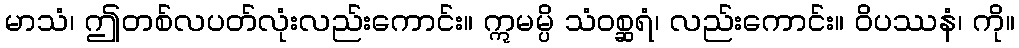
မာသံ၊ ဤတစ်လပတ်လုံးလည်းကောင်း။ ဣမမ္ပိ သံဝစ္ဆရံ၊ လည်းကောင်း။ ဝိပဿနံ၊ ကို။